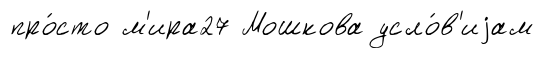
про́сто м'ира27 Мошкова усло́в'иjам